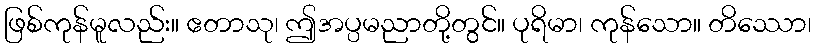
ဖြစ်ကုန်မူလည်း။ ဧတာသု၊ ဤအပ္ပမညာတို့တွင်။ ပုရိမာ၊ ကုန်သော။ တိဿော၊